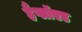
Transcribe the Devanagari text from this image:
हैप्लॉएड